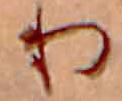
り